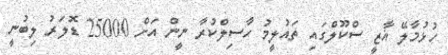
ހުޅުމާލޭ ޣާޒީ ސްކޫލްގައި ތައުލީމު ހާސިލްކުރާ ނީން އަށް 25000 ޑޮލަރު ލިބުނީ